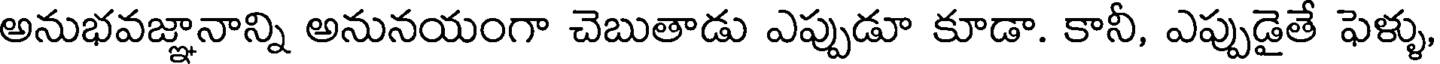
అనుభవజ్ఞానాన్ని అనునయంగా చెబుతాడు ఎప్పుడూ కూడా. కానీ, ఎప్పుడైతే ఫెళ్ళు